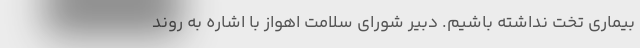
بیماری تخت نداشته باشیم. دبیر شورای سلامت اهواز با اشاره به روند